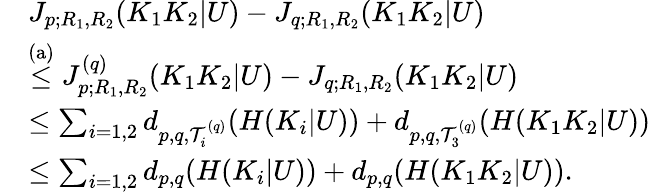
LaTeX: \begin{array}{rl}&{J_{p;R_{1},R_{2}}(K_{1}K_{2}|U)-J_{q;R_{1},R_{2}}(K_{1}K_{2}|U)}\\ &{\stackrel{\mathrm{(a)}}{\leq}J_{p;R_{1},R_{2}}^{(q)}(K_{1}K_{2}|U)-J_{q;R_{1},R_{2}}(K_{1}K_{2}|U)}\\ &{\leq\sum_{i=1,2}d_{p,q,{\cal T}_{i}^{(q)}}(H(K_{i}|U))+d_{p,q,{\cal T}_{3}^{(q)}}(H(K_{1}K_{2}|U))}\\ &{\leq\sum_{i=1,2}d_{p,q}(H(K_{i}|U))+d_{p,q}(H(K_{1}K_{2}|U)).}\end{array}